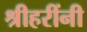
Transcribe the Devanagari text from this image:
श्रीहरींनी